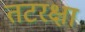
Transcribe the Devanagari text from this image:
तटरक्षा